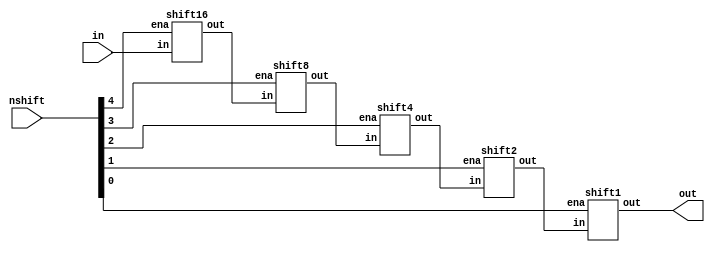
module shift_right(in, nshift, out);

input	[23:0]	in;
input	[4:0]	nshift;
output	[23:0]	out;

wire	[23:0]	temp1,temp2,temp3,temp4;

shift16 shift_1(.in(in[23:0]), .ena(nshift[4]), .out(temp1));
shift8  shift_2(.in(temp1), .ena(nshift[3]), .out(temp2));
shift4  shift_3(.in(temp2), .ena(nshift[2]), .out(temp3));
shift2  shift_4(.in(temp3), .ena(nshift[1]), .out(temp4));
shift1  shift_5(.in(temp4), .ena(nshift[0]), .out(out[23:0]));

assign out[23] = in[23];
endmodule

module shift16(in, ena, out);

input	[23:0]	in;
input			ena;
output	[23:0]	out;

assign out = ena?{16'b0,in[23:16]}:in;
endmodule

module shift8(in, ena, out);

input	[23:0]	in;
input			ena;
output	[23:0]	out;

assign out = ena?{8'b0,in[23:8]}:in;
endmodule

module shift4(in, ena, out);

input	[23:0]	in;
input			ena;
output	[23:0]	out;

assign out = ena?{4'b0,in[23:4]}:in;
endmodule

module shift2(in, ena, out);

input	[23:0]	in;
input			ena;
output	[23:0]	out;

assign out = ena?{2'b0,in[23:2]}:in;
endmodule

module shift1(in, ena, out);

input	[23:0]	in;
input			ena;
output	[23:0]	out;

assign out = ena?{1'b0,in[23:1]}:in;
endmodule